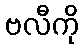
ဗလီကို